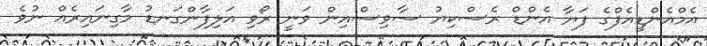
އެމްއެންޑީއެފްގެ ފަޔާ އެންޑް ރެސްކިޔު ސާވިސްއިން ވަނީ ރޯވި އަލިފާންގަނޑު މާގިނައިރެއް ނުވެ